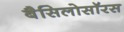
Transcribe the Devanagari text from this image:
बैसिलोसॉरस